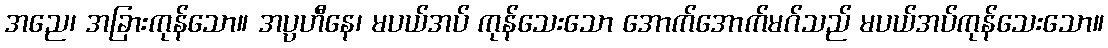
အညေ၊ အခြားကုန်သော။ အပ္ပဟီနေ၊ မပယ်အပ် ကုန်သေးသော အောက်အောက်မဂ်သည် မပယ်အပ်ကုန်သေးသော။